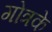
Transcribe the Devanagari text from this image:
गोत्रके